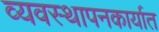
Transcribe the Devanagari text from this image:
व्यवस्थापनकार्यात